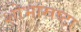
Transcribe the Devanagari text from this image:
शोभास्रष्टा